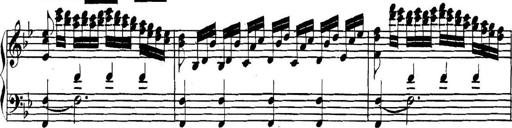
Title: Collected Piano Sonatas
Composer: Muzio Clementi